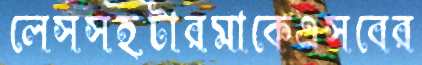
লেসসহটারমাকেএসবের